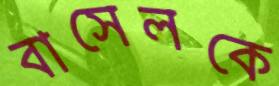
বাসেলকে